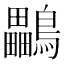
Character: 鸓